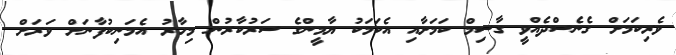
ވެރިކަމަށް ގެނެސްދެއްވީ ގާސިމް ކަމަށާއި އެކަމަކު ޔާމީންގެ ސަރުކާރުން މިހާރު އެމަނިކުފާނަށް ވަރަށް